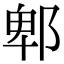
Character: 郫